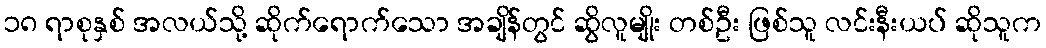
၁၈ ရာစုနှစ် အလယ်သို့ ဆိုက်ရောက်သော အချိန်တွင် ဆွိလူမျိုး တစ်ဦး ဖြစ်သူ လင်းနီးယပ် ဆိုသူက